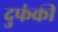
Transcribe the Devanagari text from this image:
दुफंकी